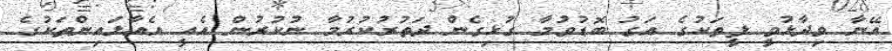
އޭނާ ވިދާޅުވީ ފީތަކުގެ އަގު ބޮޑުވުމާ ގުޅިގެން ދަތުރުކުރުމާ ނުކުރުން އެއީ އެއާލައިންތަކުގެ